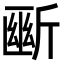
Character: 𣂱